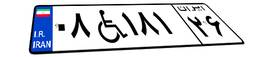
۵۳W۰۰۰۵۱